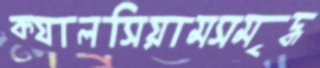
ক্যালসিয়ামসমৃদ্ধ